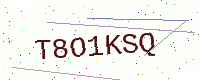
Text: T8O1KSQ